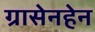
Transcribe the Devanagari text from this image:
ग्रासेनहेन